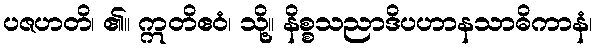
ပဇဟတိ၊ ၏။ ဣတိဧဝံ၊ သို့။ နိစ္စသညာဒိပဟာနသာဓိကာနံ၊